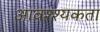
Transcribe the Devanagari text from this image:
आवश्श्यकता